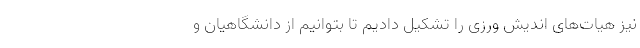
نیز هیات‌های اندیش ورزی را تشکیل دادیم تا بتوانیم از دانشگاهیان و